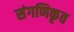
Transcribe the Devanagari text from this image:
संगणिकृत